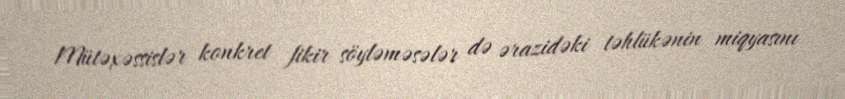
Mütəxəssislər konkret fikir söyləməsələr də ərazidəki təhlükənin miqyasını